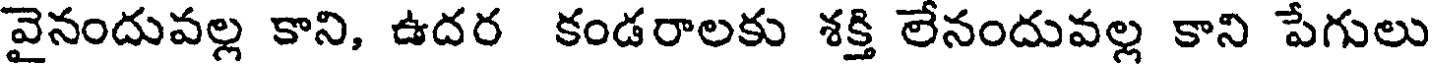
వైనందువల్ల కాని, ఉదర కండరాలకు శక్తి లేనందువల్ల కాని పేగులు